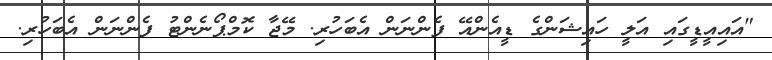
"އައިއީޑީގައި އަލީ ހައިޝަންގެ ޑީއެންއޭ ފެންނަން އެބަހުރި. މޭޖާ ކޮމްޕޯނެންޓު ފެންނަން އެބަހުރި.